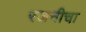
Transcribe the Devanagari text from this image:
रजनीचा